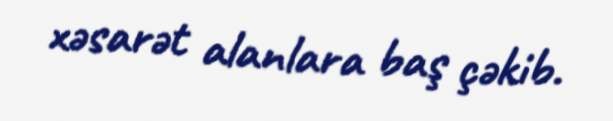
xəsarət alanlara baş çəkib.